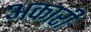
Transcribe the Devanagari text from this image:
अकारी